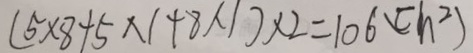
( 5 \times 8 + 5 \times 1 + 8 \times 1 ) \times 2 = 1 0 6 ( c h ^ { 2 } )